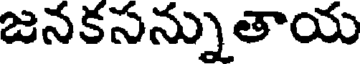
జనకసన్నుతాయ